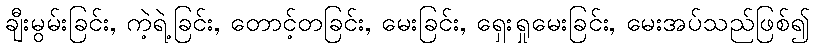
ချီးမွမ်းခြင်း, ကဲ့ရဲ့ခြင်း, တောင့်တခြင်း, မေးခြင်း, ရှေးရှုမေးခြင်း, မေးအပ်သည်ဖြစ်၍